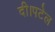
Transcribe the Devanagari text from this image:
दी।पटेल